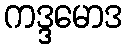
ကဒ္ဒမောဒ